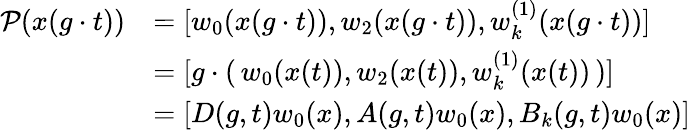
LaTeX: \begin{array}{rl}{\mathcal{P}(x(g\cdot t))}&{=[w_{0}(x(g\cdot t)),w_{2}(x(g\cdot t)),w_{k}^{(1)}(x(g\cdot t))]}\\ &{=[g\cdot(\, w_{0}(x(t)),w_{2}(x(t)),w_{k}^{(1)}(x(t))\, )]}\\ &{=[D(g,t)w_{0}(x),A(g,t)w_{0}(x),B_{k}(g,t)w_{0}(x)]}\end{array}